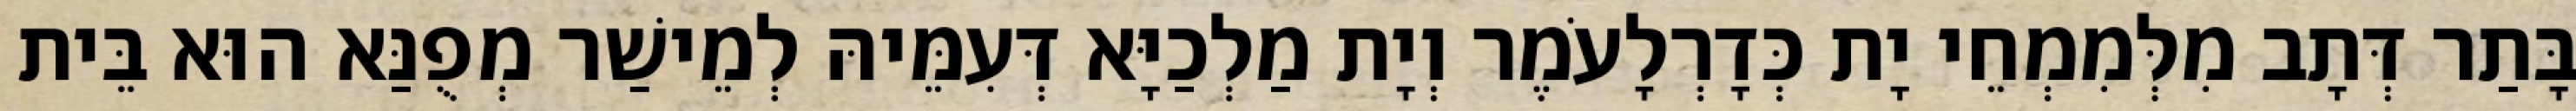
בָּתַר דְּתָב מִלְּמִמְחֵי יָת כְּדָרְלָעֹמֶר וְיָת מַלְכַיָּא דְּעִמֵּיהּ לְמֵישַׁר מְפֻנַּא הוּא בֵּית